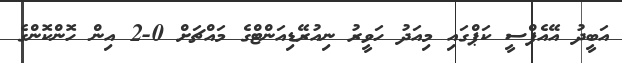
އަބީދު އޭއެފްސީ ކަޕްގައި މިއަދު ހަވީރު ނިއުރޭޑިއަންޓްގެ މައްޗަށް 0-2 އިން ހޮންކޮންގެ